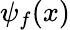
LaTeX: \psi_{f}(x)